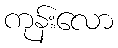
ကုန်းလော